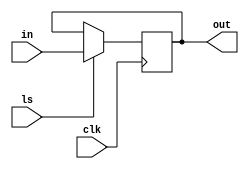
`timescale 1ns / 1ps
////////////////////////////////////
//Zachary Karpinski
//Karpentium Processor
//
//memory_address_register.v
//
//A load/store register for memory address's with the control table
//
//		ls		function
//		0		store
//		1		load
//
////////////////////////////////////
module memory_address_register(clk,in,out,ls);
	input clk,ls;
	input [5:0]in;
	output reg [5:0]out;
	
	initial begin out = 6'bZZZZZZ; end
	
	always @(posedge clk)
	begin
		if(ls) begin
			//Store the address from input mux
			out <= in;
		end
	end
endmodule